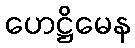
ဟေဋ္ဌိမေန